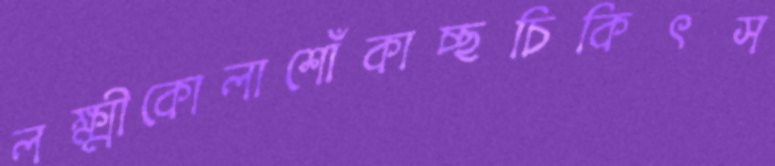
লক্ষ্মীকোলাশোঁকাচ্ছচিকিৎস